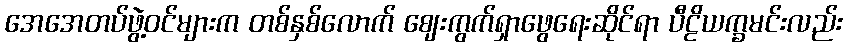
အေအေတပ်ဖွဲ့ဝင်များက တစ်နှစ်လောက် ဈေးကွက်ရှာဖွေရေးဆိုင်ရာ ပီဠိယက္ခမင်းလည်း